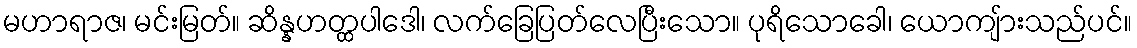
မဟာရာဇ၊ မင်းမြတ်။ ဆိန္နဟတ္ထပါဒေါ၊ လက်ခြေပြတ်လေပြီးသော။ ပုရိသောခေါ၊ ယောကျ်ားသည်ပင်။